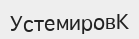
УстемировК